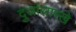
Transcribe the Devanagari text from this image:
दुजांसारखे